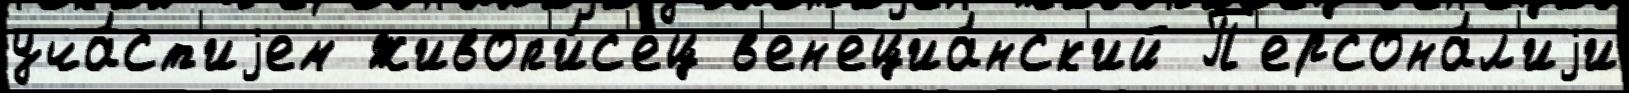
уча́ст'иjем живоп'и́с'ец в'ен'ециа́нск'ий П'ерсона́л'иjи